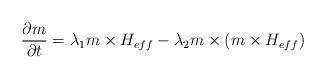
LaTeX: \begin{align*}\frac{\partial m}{\partial t}=\lambda_1m\times H_{eff}-\lambda_2m\times(m\times H_{eff})\end{align*}